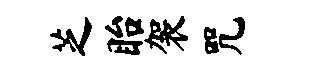
芝眙袈咒